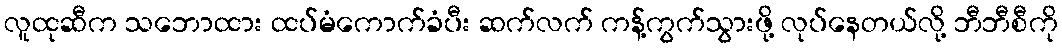
လူထုဆီက သဘောထား ထပ်မံကောက်ခံပီး ဆက်လက် ကန့်ကွက်သွားဖို့ လုပ်နေတယ်လို့ ဘီဘီစီကို